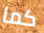
كما